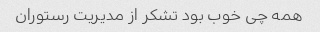
همه چی خوب بود تشکر از مدیریت رستوران